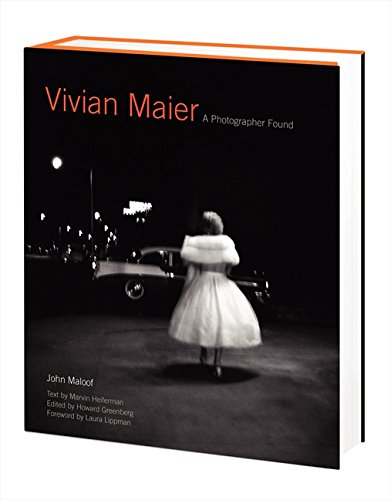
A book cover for Vivian Maier: A Photographer Found; John Maloof; Arts & Photography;